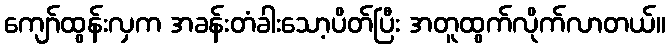
ကျော်ထွန်းလှက အခန်းတံခါးသော့ပိတ်ပြီး အတူထွက်လိုက်လာတယ်။